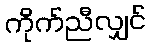
ကိုက်ညီလျှင်